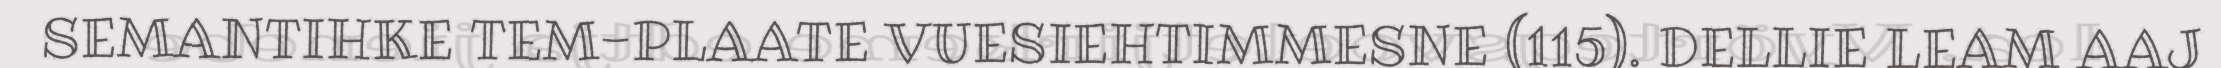
SEMANTIHKE TEM-PLAATE VUESIEHTIMMESNE (115). DELLIE LEAM AAJ